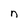
Character: n